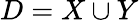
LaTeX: D=X\cup Y